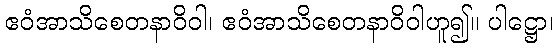
ဧဝံအာသိစေတနာဝိဝါ၊ ဧဝံအာသိစေတနာဝိဝါဟူ၍။ ပါဋ္ဌော၊